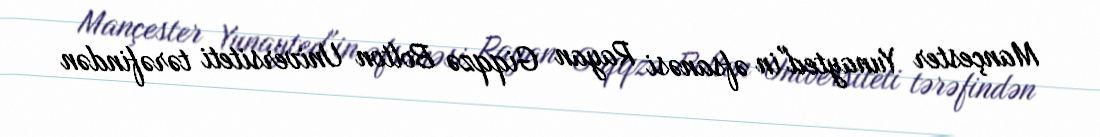
Mançester Yunayted"in əfsanəsi Rayan Giqqzə Bolton Universiteti tərəfindən